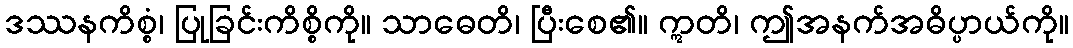
ဒဿနကိစ္စံ၊ ပြုခြင်းကိစ္စိကို။ သာဓေတိ၊ ပြီးစေ၏။ ဣတိ၊ ဤအနက်အဓိပ္ပာယ်ကို။